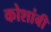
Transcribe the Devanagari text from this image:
कोशांबी